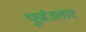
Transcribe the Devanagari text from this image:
पूर्वउतार